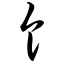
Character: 饣